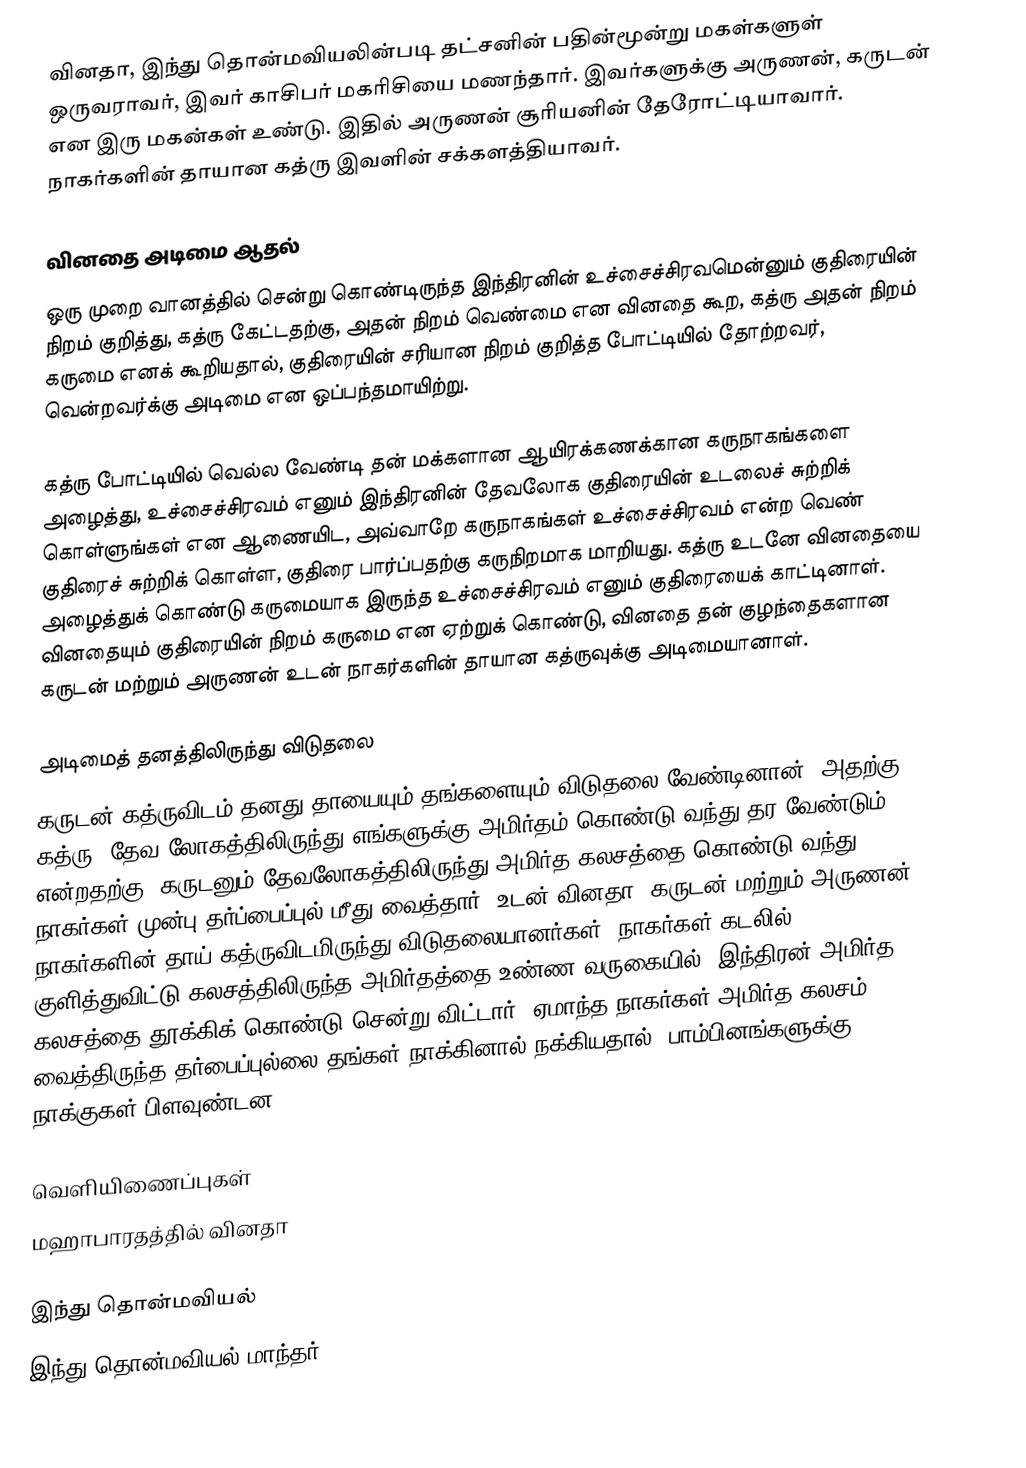
வினதா, இந்து தொன்மவியலின்படி தட்சனின் பதின்மூன்று மகள்களுள் ஒருவராவர், இவர் காசிபர் மகரிசியை மணந்தார். இவர்களுக்கு அருணன், கருடன் என இரு மகன்கள் உண்டு. இதில் அருணன் சூரியனின் தேரோட்டியாவார். நாகர்களின் தாயான கத்ரு  இவளின் சக்களத்தியாவர்.

வினதை அடிமை ஆதல்
ஒரு முறை வானத்தில் சென்று கொண்டிருந்த இந்திரனின் உச்சைச்சிரவமென்னும் குதிரையின் நிறம் குறித்து, கத்ரு கேட்டதற்கு, அதன் நிறம் வெண்மை என வினதை கூற, கத்ரு அதன் நிறம் கருமை எனக் கூறியதால், குதிரையின் சரியான நிறம் குறித்த போட்டியில் தோற்றவர், வென்றவர்க்கு அடிமை என ஒப்பந்தமாயிற்று.

கத்ரு போட்டியில் வெல்ல வேண்டி தன் மக்களான ஆயிரக்கணக்கான கருநாகங்களை அழைத்து, உச்சைச்சிரவம் எனும் இந்திரனின் தேவலோக குதிரையின் உடலைச் சுற்றிக் கொள்ளுங்கள் என ஆணையிட, அவ்வாறே கருநாகங்கள் உச்சைச்சிரவம் என்ற வெண் குதிரைச் சுற்றிக் கொள்ள, குதிரை பார்ப்பதற்கு கருநிறமாக மாறியது. கத்ரு உடனே வினதையை அழைத்துக் கொண்டு கருமையாக இருந்த உச்சைச்சிரவம் எனும் குதிரையைக் காட்டினாள். வினதையும் குதிரையின் நிறம் கருமை என ஏற்றுக் கொண்டு, வினதை  தன் குழந்தைகளான கருடன் மற்றும் அருணன் உடன் நாகர்களின் தாயான கத்ருவுக்கு அடிமையானாள்.

அடிமைத் தனத்திலிருந்து விடுதலை
கருடன் கத்ருவிடம் தனது தாயையும் தங்களையும் விடுதலை வேண்டினான். அதற்கு கத்ரு, தேவ லோகத்திலிருந்து எங்களுக்கு அமிர்தம் கொண்டு வந்து தர வேண்டும் என்றதற்கு, கருடனும் தேவலோகத்திலிருந்து அமிர்த கலசத்தை கொண்டு வந்து நாகர்கள் முன்பு  தர்ப்பைப்புல் மீது வைத்தார். உடன் வினதா,  கருடன் மற்றும் அருணன் நாகர்களின் தாய் கத்ருவிடமிருந்து விடுதலையானர்கள். நாகர்கள்  கடலில் குளித்துவிட்டு கலசத்திலிருந்த அமிர்தத்தை உண்ண வருகையில், இந்திரன் அமிர்த கலசத்தை தூக்கிக் கொண்டு சென்று விட்டார். ஏமாந்த நாகர்கள் அமிர்த கலசம் வைத்திருந்த தர்பைப்புல்லை தங்கள் நாக்கினால் நக்கியதால், பாம்பினங்களுக்கு நாக்குகள் பிளவுண்டன.

வெளியிணைப்புகள்
 மஹாபாரதத்தில் வினதா

இந்து தொன்மவியல்
இந்து தொன்மவியல் மாந்தர்